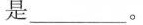
是___。